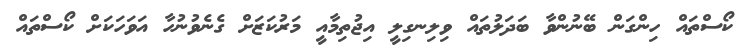
ކޯސްތައް ހިންގަން ބޭނުންވާ ބަދަލުތައް ވިލިނގިލީ އިޖުތިމާއީ މަރުކަޒަށް ގެނެވުނުހާ އަވަހަކަށް ކޯސްތައް